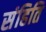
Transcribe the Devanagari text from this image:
संहिति